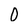
Character: 0